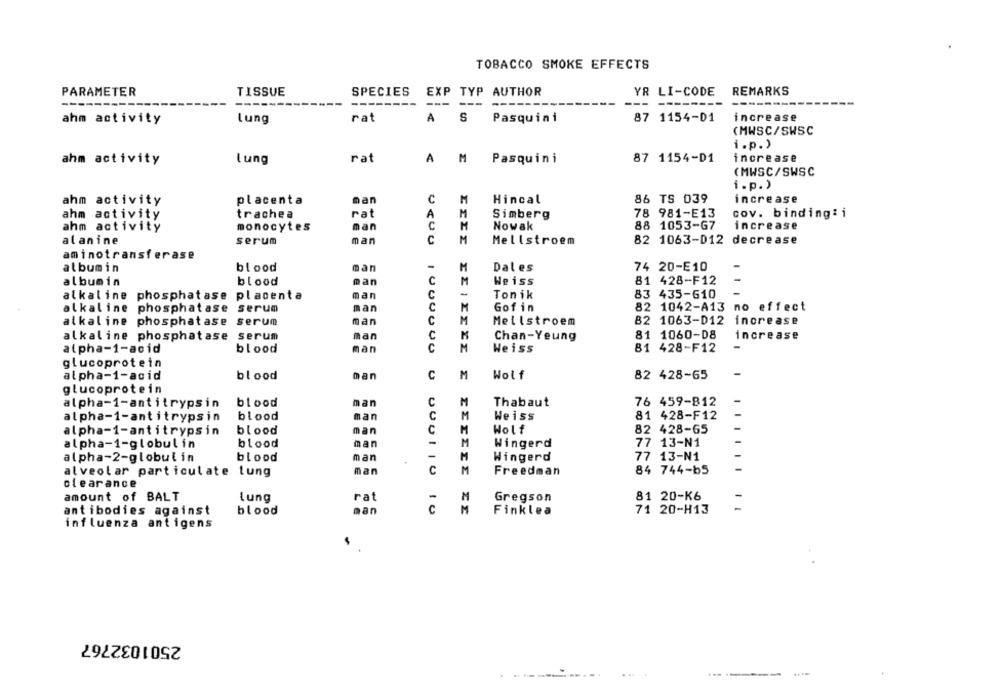
TOBACCO SMOKE EFFECTS
PARAMETER
REMARKS
TISSUE
SPECIES
EXP TYP AUTHOR
YR LI-CODE
---
---
--
---
------
rat
A
S
Pasquini
87 1154-01
increase
ahm activity
lung
(MWSC/SWSC
i.p.)
ahm activity
lung
rat
A
M
Pasquini
87 1154-D1
increase
(MWSC/SWSC
i.p.)
ahm activity
placenta
man
C
M
Hincal
86 TS 039
increase
ahm activity
trachea
rat
Simberg
78 981-E13
cov. binding: i
ahm activity
monocytes
man
Nowak
88 1053-G7
increase
alanine
serum
man
Mellstroem
82 1063-D12 decrease
aminotransferase
albumin
blood
man
Dales
74 20-E10
albumin
blood
man
Weiss
81 428-F12
alkaline
phosphatase placenta
man
Tonik
83 435-610
Gof in
82 1042-A13 no effect
alkaline
phosphatase serum
man
man
82 1063-D12 increase
alkaline phosphatase serum
Meilstroem
man
alkaline phosphatase serum
Chan-Yeung
81 1060-D8
increase
alpha-1-acid
blood
man
C
Weiss
81 428-F12
glucoprotein
alpha-1-acid
blood
man
C
M
Wolf
82 428-65
glucoprotein
alpha-1-antitrypsin
blood
man
Thabaut
76 459-812
alpha-1-antitrypsin
blood
man
Weiss
81 428-F12
alpha-1-antitrypsin
blood
man
C
Wolf
82 428-65
alpha-1-globulin
blood
man
M
Wingerd
77 13-N1
alpha-2-globulin
blood
man
.
Wingerd
77 13-N1
alveolar particulate lung
man
C
UCUO 1000000 0 000/10
Freedman
84 744-65
clearance
81 20-K6
amount of BALT
Lung
rat
M
Gregson
man
M
71 20-H13
antibodies against
blood
Finklea
influenza antigens
2501032767
... .
-------